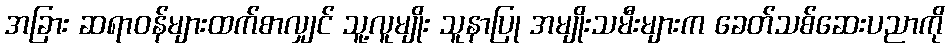
အခြား ဆရာဝန်များထက်စာလျှင် သူ့လူမျိုး သူနာပြု အမျိုးသမီးများက ခေတ်သစ်ဆေးပညာကို